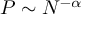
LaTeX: P \sim N ^ { - \alpha }